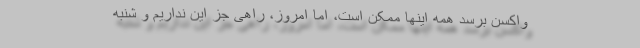
واکسن برسد همه اینها ممکن است، اما امروز، راهی جز این نداریم و شنبه